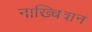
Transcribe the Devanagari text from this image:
नाख्चिवान